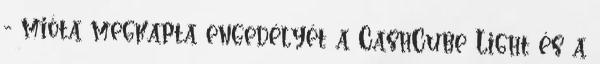
- mióta megkapta engedélyét a CashCube Light és a